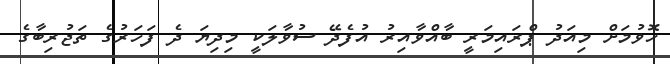
ހޮވުމަށް މިއަދު ޕްރައިމަރީ ބާއްވާއިރު އުފެދޭ ސުވާލަކީ މިދިޔަ ދެ ފަހަރުގެ ތަޖުރިބާގެ